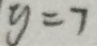
y = 7